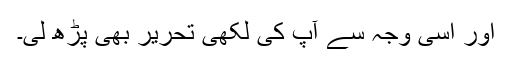
اور اسی وجہ سے آپ کی لکھی تحریر بھی پڑھ لی۔